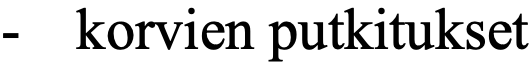
-  korvien putkitukset